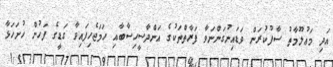
އަދި މަޢުލޫމާތު ސާފުކުރަން ވަޑައިނުގަންނަވާ ފަރާތްތަކުގެ އަންދާސީހިސާބާއި ހަމަޖެހިފައިވާ ގަޑީގެ ފަހުން ހުށަހަޅާ